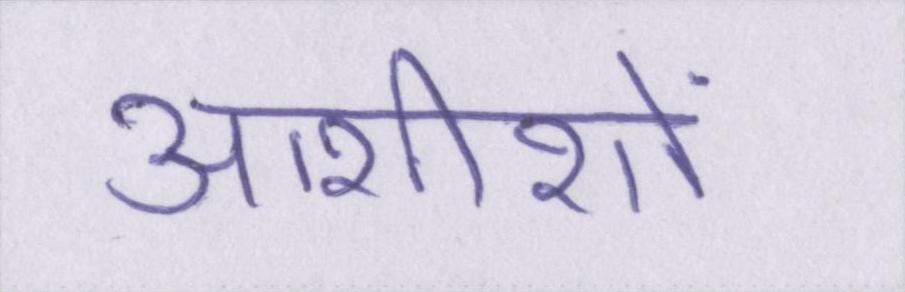
आशीशों